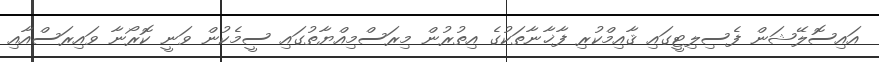
އައިސޮލޭޝަން ފެސިލިޓީގައި ޤާއިމްކުރި ފާޚާނާތަކުގެ އިތުރުން މިރަސްމިއްޔާތުގައި ސީމެކުން ވަނީ ކޮރޯނާ ވައިރަސްއާއި